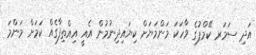
އަދި ސަމަރ ކޭމްޕުގެ ވާހަކަ މަންމަޔަށް ކިޔައިދިނުމުން އެއީ އިއްތިފާގެއް ކަމަށް މަންމަ